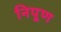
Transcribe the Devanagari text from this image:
निपूण